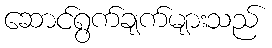
ဆောင်ရွက်ချက်များသည်